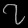
Digit: ၇